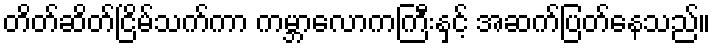
တိတ်ဆိတ်ငြိမ်သက်ကာ ကမ္ဘာလောကကြီးနှင့် အဆက်ပြတ်နေသည်။